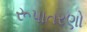
રૂપાતરણો